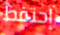
إحتفظ